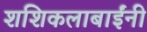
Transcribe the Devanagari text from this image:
शशिकलाबाईंनी